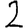
Digit: 2